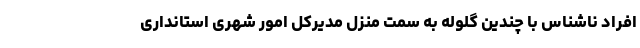
افراد ناشناس با چندین گلوله به سمت منزل مدیرکل امور شهری استانداری